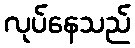
လုပ်နေသည်